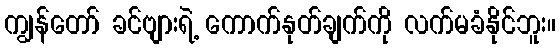
ကျွန်တော် ခင်ဗျားရဲ့ ကောက်နုတ်ချက်ကို လက်မခံနိုင်ဘူး။